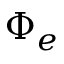
\Phi _ { e }